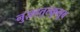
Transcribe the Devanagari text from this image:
नुज़हतुल्कुलूब